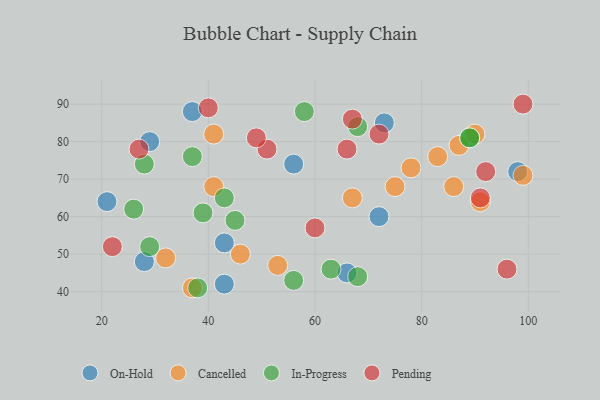
{"axis": {"x": "GDP", "y": "Life Expectancy"}, "legend": ["Cancelled", "In-Progress", "On-Hold", "Pending"], "data": [{"x": "37", "y": 88, "type": "On-Hold"}, {"x": "66", "y": 45, "type": "On-Hold"}, {"x": "98", "y": 72, "type": "On-Hold"}, {"x": "43", "y": 53, "type": "On-Hold"}, {"x": "28", "y": 48, "type": "On-Hold"}, {"x": "73", "y": 85, "type": "On-Hold"}, {"x": "21", "y": 64, "type": "On-Hold"}, {"x": "43", "y": 42, "type": "On-Hold"}, {"x": "56", "y": 74, "type": "On-Hold"}, {"x": "72", "y": 60, "type": "On-Hold"}, {"x": "29", "y": 80, "type": "On-Hold"}, {"x": "67", "y": 65, "type": "Cancelled"}, {"x": "91", "y": 64, "type": "Cancelled"}, {"x": "41", "y": 68, "type": "Cancelled"}, {"x": "99", "y": 71, "type": "Cancelled"}, {"x": "78", "y": 73, "type": "Cancelled"}, {"x": "86", "y": 68, "type": "Cancelled"}, {"x": "87", "y": 79, "type": "Cancelled"}, {"x": "53", "y": 47, "type": "Cancelled"}, {"x": "37", "y": 41, "type": "Cancelled"}, {"x": "41", "y": 82, "type": "Cancelled"}, {"x": "75", "y": 68, "type": "Cancelled"}, {"x": "46", "y": 50, "type": "Cancelled"}, {"x": "83", "y": 76, "type": "Cancelled"}, {"x": "90", "y": 82, "type": "Cancelled"}, {"x": "32", "y": 49, "type": "Cancelled"}, {"x": "38", "y": 41, "type": "In-Progress"}, {"x": "89", "y": 81, "type": "In-Progress"}, {"x": "26", "y": 62, "type": "In-Progress"}, {"x": "28", "y": 74, "type": "In-Progress"}, {"x": "43", "y": 65, "type": "In-Progress"}, {"x": "58", "y": 88, "type": "In-Progress"}, {"x": "68", "y": 44, "type": "In-Progress"}, {"x": "37", "y": 76, "type": "In-Progress"}, {"x": "63", "y": 46, "type": "In-Progress"}, {"x": "29", "y": 52, "type": "In-Progress"}, {"x": "45", "y": 59, "type": "In-Progress"}, {"x": "39", "y": 61, "type": "In-Progress"}, {"x": "56", "y": 43, "type": "In-Progress"}, {"x": "89", "y": 81, "type": "In-Progress"}, {"x": "68", "y": 84, "type": "In-Progress"}, {"x": "72", "y": 82, "type": "Pending"}, {"x": "67", "y": 86, "type": "Pending"}, {"x": "91", "y": 65, "type": "Pending"}, {"x": "60", "y": 57, "type": "Pending"}, {"x": "51", "y": 78, "type": "Pending"}, {"x": "66", "y": 78, "type": "Pending"}, {"x": "96", "y": 46, "type": "Pending"}, {"x": "27", "y": 78, "type": "Pending"}, {"x": "99", "y": 90, "type": "Pending"}, {"x": "49", "y": 81, "type": "Pending"}, {"x": "92", "y": 72, "type": "Pending"}, {"x": "22", "y": 52, "type": "Pending"}, {"x": "40", "y": 89, "type": "Pending"}]}